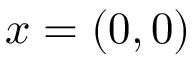
x = ( 0 , 0 )